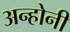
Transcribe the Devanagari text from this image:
अन्होनी